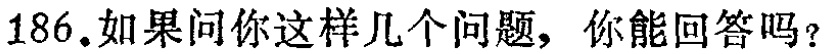
186.如果问你这样几个问题，你能回答吗？